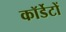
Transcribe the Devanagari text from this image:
कॉर्डेटों